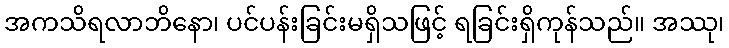
အကသိရလာဘိနော၊ ပင်ပန်းခြင်းမရှိသဖြင့် ရခြင်းရှိကုန်သည်။ အဿု၊